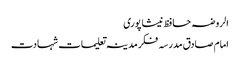
الروضہ حافظ نیشاپوری
امام صادق مدرسہ فکر مدینہ تعلیمات شہادت